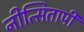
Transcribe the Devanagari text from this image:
नीत्सितापी